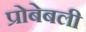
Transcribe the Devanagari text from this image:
प्रोबेबली